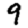
Digit: 9